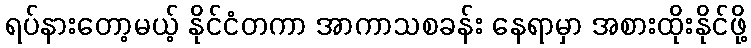
ရပ်နားတော့မယ့် နိုင်ငံတကာ အာကာသစခန်း နေရာမှာ အစားထိုးနိုင်ဖို့